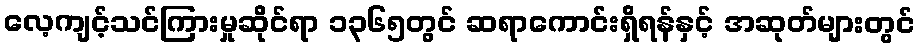
လေ့ကျင့်သင်ကြားမှုဆိုင်ရာ ၁၃၆၅တွင် ဆရာကောင်းရှိရန်နှင့် အဆုတ်များတွင်